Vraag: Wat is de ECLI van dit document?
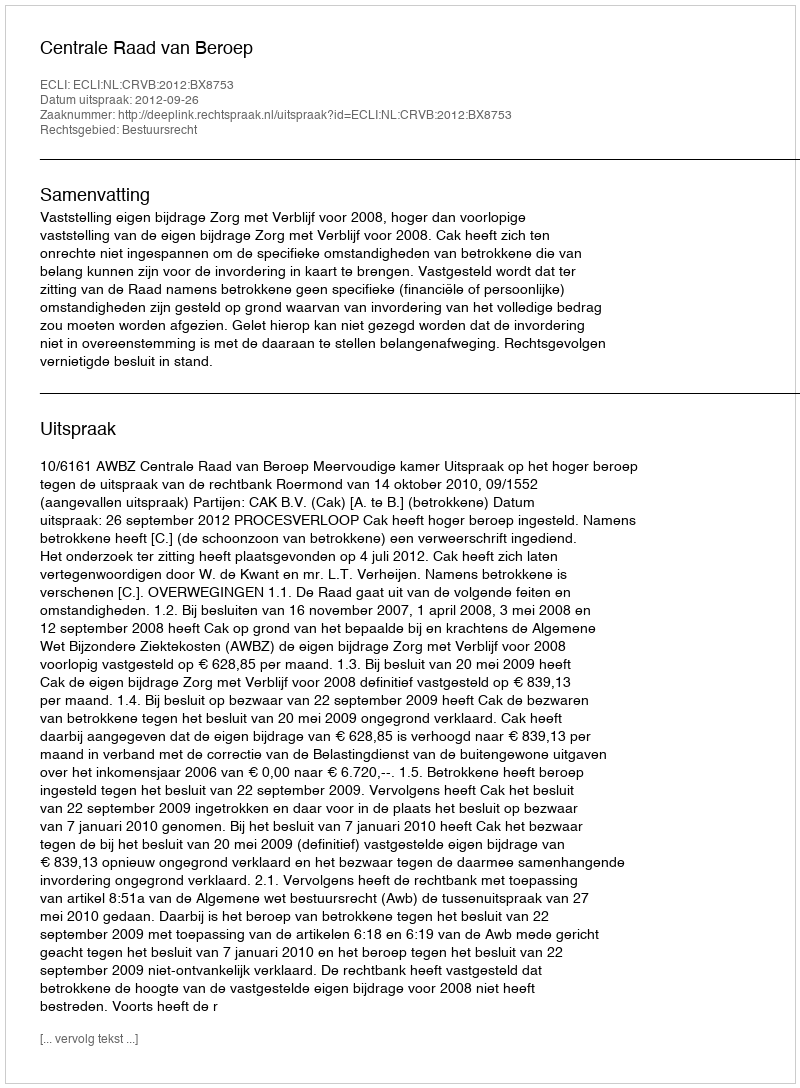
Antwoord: ECLI:NL:CRVB:2012:BX8753